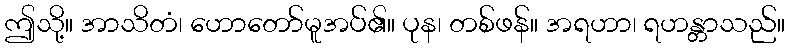
ဤသို့။ အာသိတံ၊ ဟောတော်မူအပ်၏။ ပုန၊ တစ်ဖန်။ အရဟာ၊ ရဟန္တာသည်။